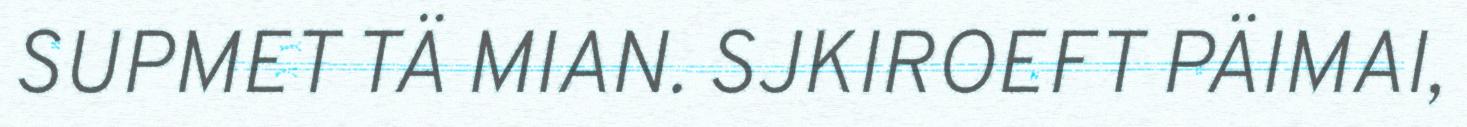
SUPMET TÄ MIAN. SJKIROEFT PÄIMAI,